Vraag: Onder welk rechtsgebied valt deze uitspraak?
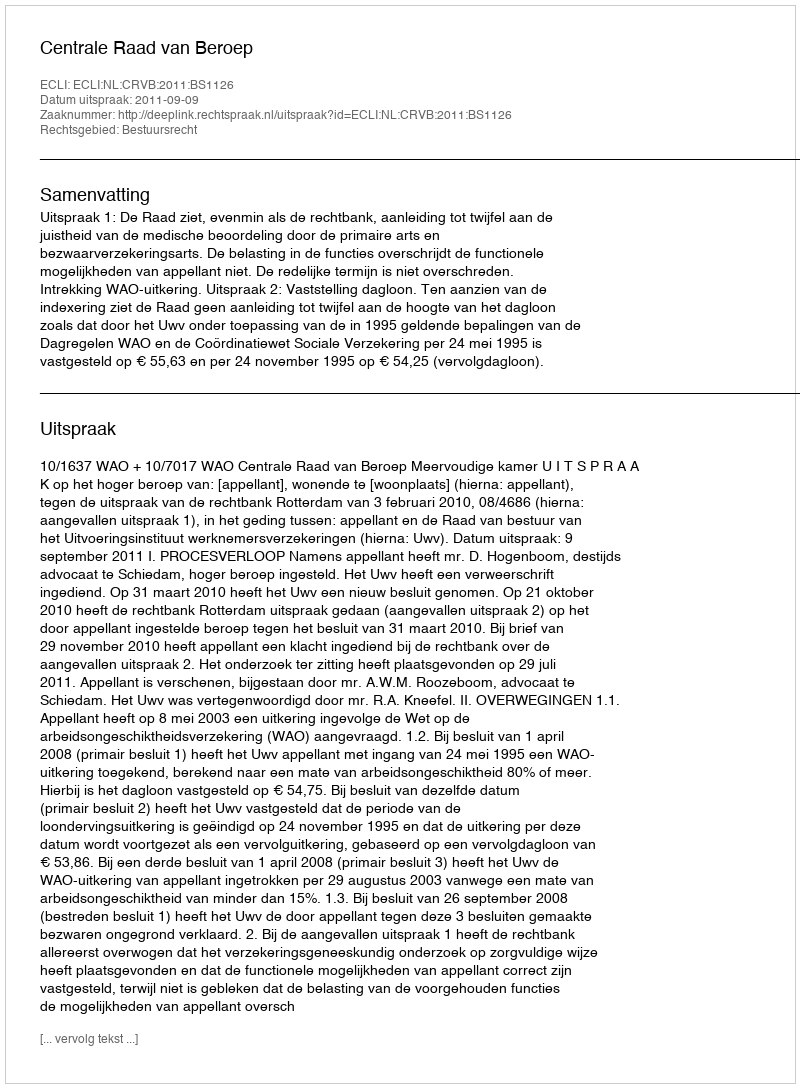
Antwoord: Bestuursrecht